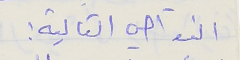
النواحي التالية :